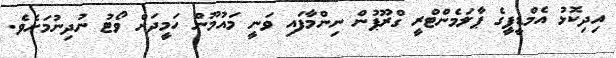
އިދިކޮޅު އެމްޑީޕީގެ ޕާލަމެންޓްރީ ގްރޫޕުން ނިންމާފައި ވަނީ މައުމޫން ހަމީދަށް ވޯޓު ނުދިނުމަށެވެ.